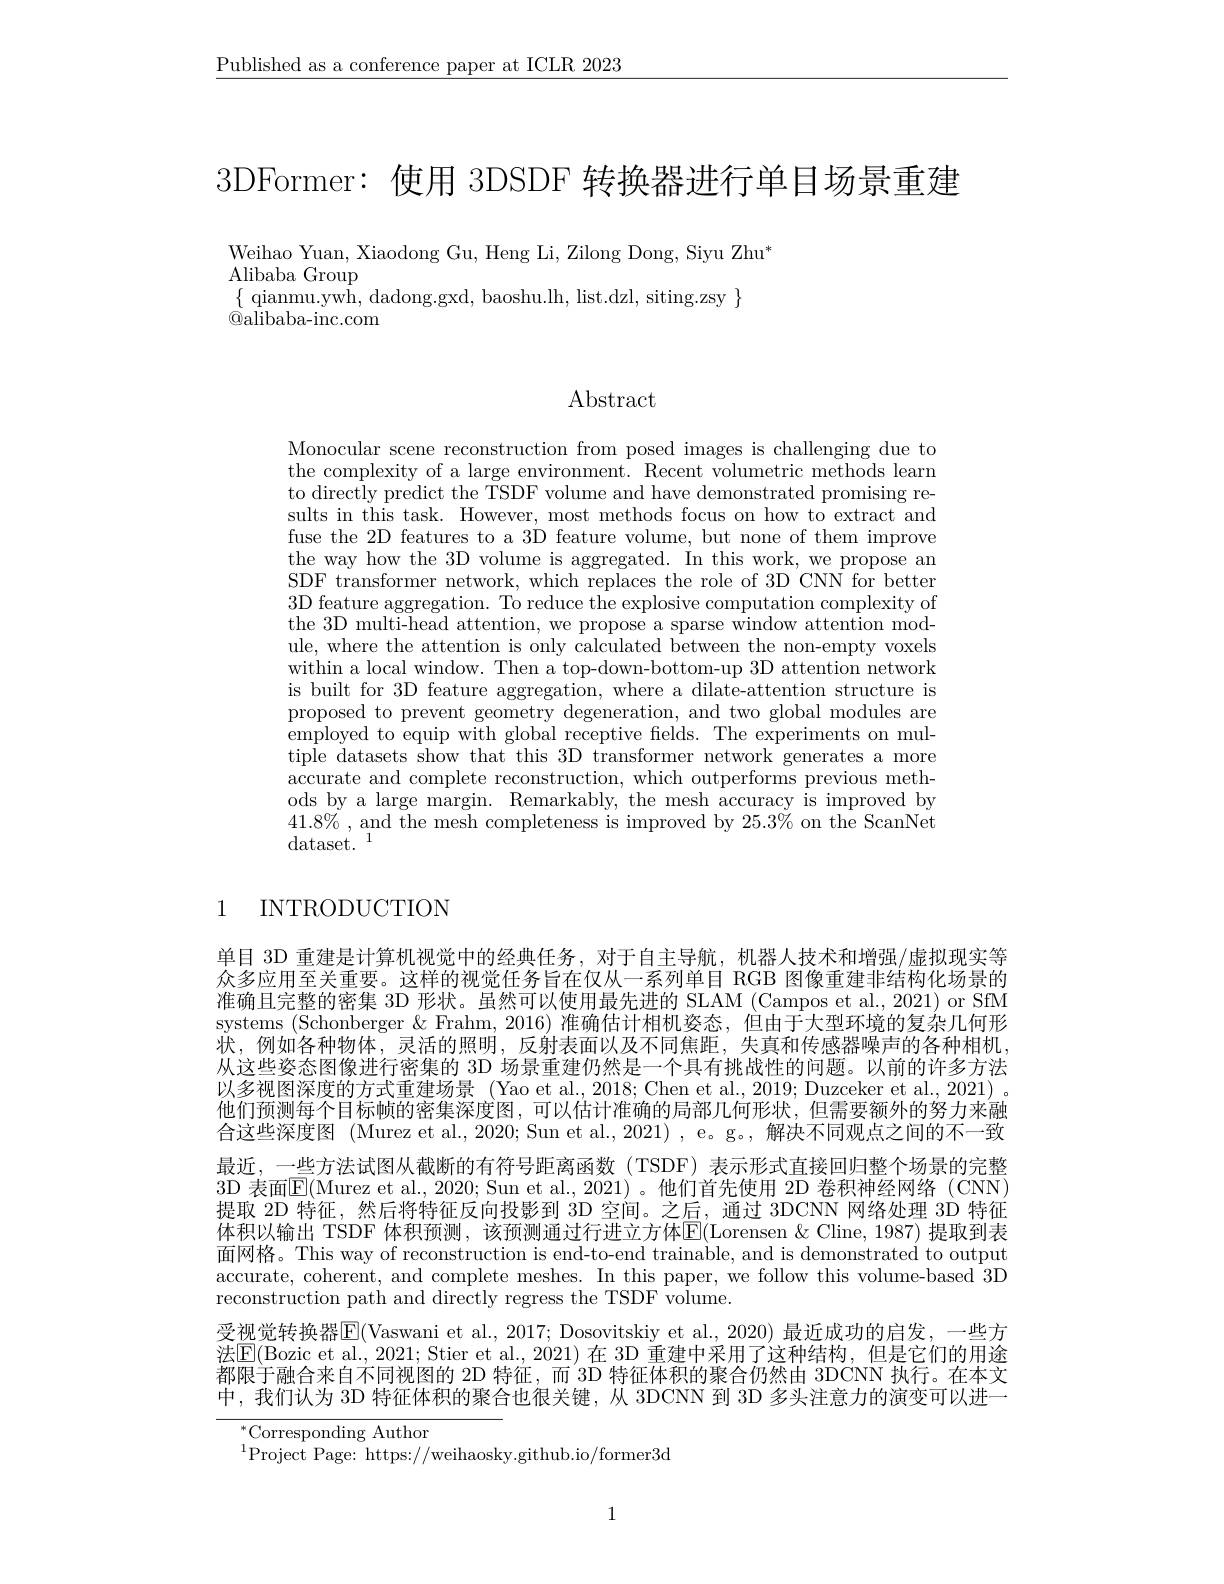
$\underline{\text{Published as a conference paper at ICLR 2023}}$

3DFormer: 使用 3DSDF 转换器进行单目场景重建

Weihao Yuan, Xiaodong Gu, Heng Li, Zilong Dong, Siyu Zhu*
$\operatorname*{Alibaba}\mathop{\mathrm{Group}}$
$\{$ qianmu.ywh, dadong.gxd, baoshu.lh, list.dzl, siting.zsy $\}$
$\textcircled{\mathrm{Qalibaba-inc.com}}$

Abstract

Monocular scene reconstruction from posed images is challenging due to the complexity of a large environment. Recent volumetric methods learn to directly predict the TSDF volume and have demonstrated promising results in this task. However, most methods focus on how to extract and fuse the 2D features to a 3D feature volume, but none of them improve the way how the 3D volume is aggregated. In this work, we propose an SDF transformer network, which replaces the role of 3D CNN for better 3D feature aggregation. To reduce the explosive computation complexity of the 3D multi-head attention, we propose a sparse window attention module, where the attention is only calculated between the non-empty voxels within a local window. Then a top-down-bottom-up 3D attention network is built for 3D feature aggregation, where a dilate-attention structure is proposed to prevent geometry degeneration, and two global modules are employed to equip with global receptive fields. The experiments on multiple datasets show that this 3D transformer network generates a more accurate and complete reconstruction, which outperforms previous methods by a large margin. Remarkably, the mesh accuracy is improved by $41. 8\%$ , and the mesh completeness is improved by 25. 3$\%$ on the ScanNet ${\mathrm{dataset.}}^{1}$

# 1 INTRODUCTION

单目 3D 重建是计算机视觉中的经典任务，对于自主导航，机器人技术和增强/虚拟现实等众多应用至关重要。这样的视觉任务旨在仅从一系列单目 RGB 图像重建非结构化场景的准确且完整的密集 3D 形状。虽然可以使用最先进的 SLAM (Campos et al., 2021) or SfM systems (Schonberger & Frahm, 2016) 准确估计相机姿态，但由于大型环境的复杂几何形状，例如各种物体，灵活的照明，反射表面以及不同焦距，失真和传感器噪声的各种相机， 从这些姿态图像进行密集的 3D 场景重建仍然是一个具有挑战性的问题。以前的许多方法以多视图深度的方式重建场景 (Yao et al., 2018; Chen et al., 2019; Duzceker et al., 2021) 。他们预测每个目标帧的密集深度图，可以估计准确的局部几何形状，但需要额外的努力来融合这些深度图 (Murez et al., 2020; Sun et al., 2021) , e。g。, 解决不同观点之间的不一致最近，一些方法试图从截断的有符号距离函数(TSDF) 表示形式直接回归整个场景的完整3D 表面$\boxed{\mathrm{E}}($Murez et al., 2020; Sun et al., 2021)。他们首先使用 2D 卷积神经网络 (CNN) 提取 2D 特征，然后将特征反向投影到 3D 空间。之后，通过 3DCNN 网络处理 3D 特征体积以输出 TSDF 体积预测，该预测通过行进立方体E(Lorensen &Cline, 1987) 提取到表面网格。This way of reconstruction is end-to-end trainable, and is demonstrated to output accurate, coherent, and complete meshes. In this paper, we follow this volume-based $\bar{3}$D reconstruction path and directly regress the TSDF volume.
受视觉转换器$\boxed{\mathrm{E}}($Vaswani et al., 2017; Dosovitskiy et al., 2020) 最近成功的启发，一些方法$\boxed{\mathrm{E}}($Bozic et al., 2021; Stier et al., 2021) 在 3D 重建中采用了这种结构，但是它们的用途都限于融合来自不同视图的 2D 特征，而 3D 特征体积的聚合仍然由 3DCNN 执行。在本文中，我们认为 3D 特征体积的聚合也很关键，从 3DCNN 到 3D 多头注意力的演变可以进一
$^{*}$Corresponding Author
$^{1}$Project Page: https://weihaosky.github.io/former3d

1